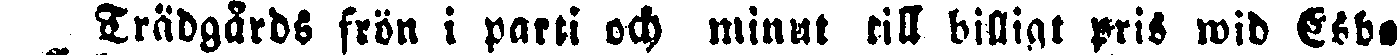
_ Trädgårds frön i parti och minat till billigt pris wid Esbo